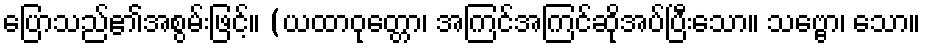
ပြောသည်၏အစွမ်းဖြင့်။ (ယထာဝုတ္တော၊ အကြင်အကြင်ဆိုအပ်ပြီးသော။ သဗ္ဗော၊ သော။